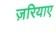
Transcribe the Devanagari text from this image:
ज़रियाए